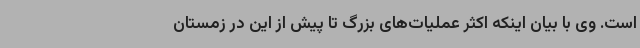
است. وی با بیان اینکه اکثر عملیات‌های بزرگ تا پیش از این در زمستان